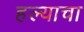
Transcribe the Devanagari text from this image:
हल्याचा